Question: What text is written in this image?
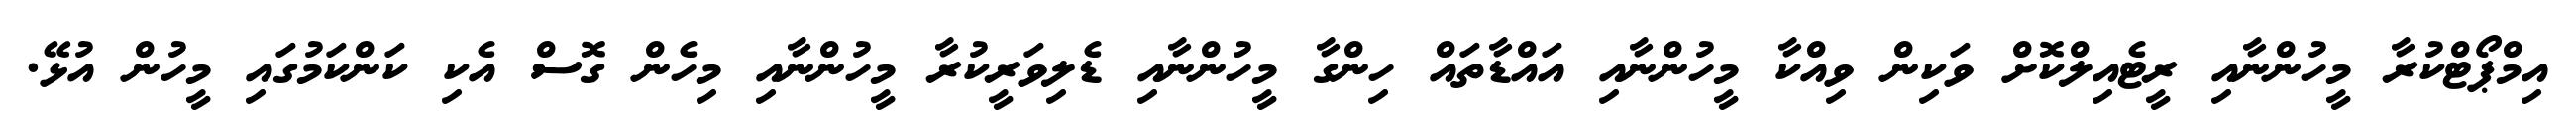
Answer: އިމްޕޯޓްކުރާ މީހުންނާއި ރީޓެއިލްކޮށް ވަކިން ވިއްކާ މީހުންނާއި އައްޑާތައް ހިންގާ މީހުންނާއި ޑެލިވަރީކުރާ މީހުންނާއި މިހެން ގޮސް އެކި ކަންކަމުގައި މީހުން އުޅޭ.